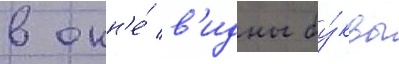
в окн'е́ в'идны бу́квы